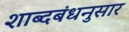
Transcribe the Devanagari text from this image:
शाब्दबंधनुसार